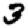
Digit: 3